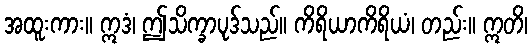
အထူးကား။ ဣဒံ၊ ဤသိက္ခာပုဒ်သည်။ ကိရိယာကိရိယံ၊ တည်း။ ဣတိ၊